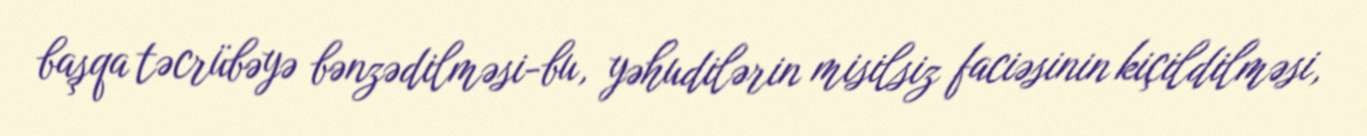
başqa təcrübəyə bənzədilməsi-bu, yəhudilərin misilsiz faciəsinin kiçildilməsi,